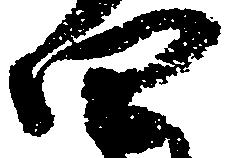
四